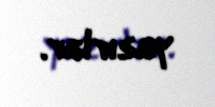
yazırlar.